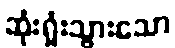
ဆုံးရှုံးသွားသော